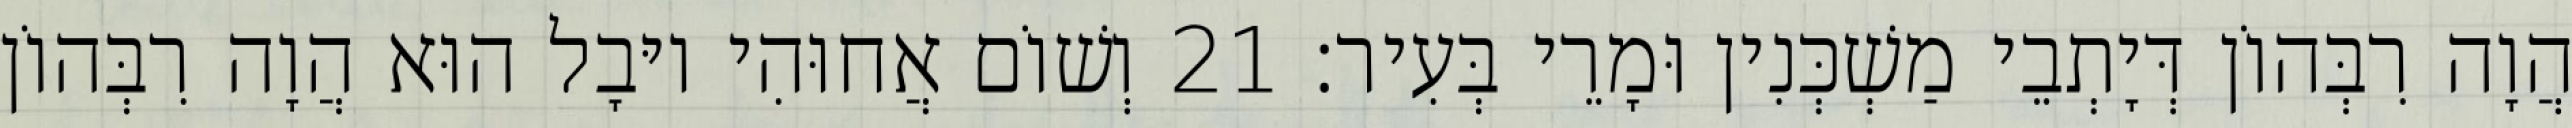
הֲוָה רִבְּהוֹן דְּיָתְבֵי מַשְׁכְּנִין וּמָרֵי בְּעִיר׃ 21 וְשׁוֹם אֲחוּהִי יוּבָל הוּא הֲוָה רִבְּהוֹן